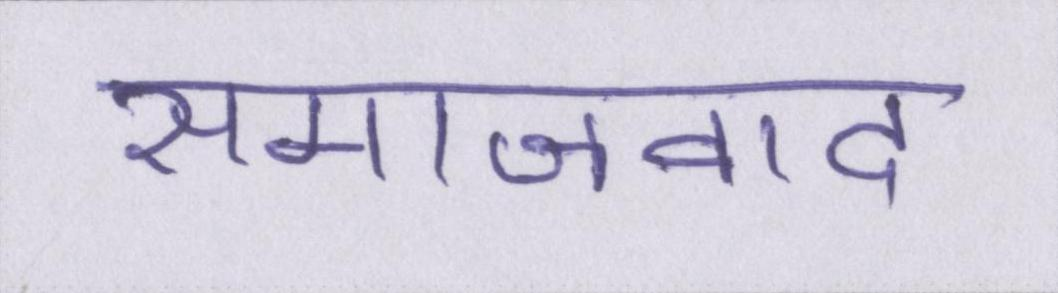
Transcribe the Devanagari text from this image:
समाजवाद